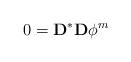
LaTeX: \begin{align*}0=\mathbf{D}^{\ast }\mathbf{D}\phi ^{m} \end{align*}